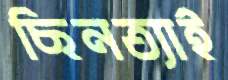
ছিনত্যাই